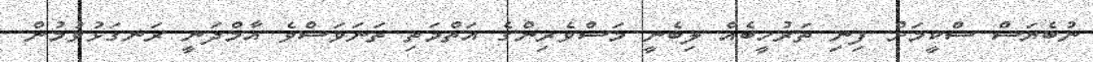
ނުބެޔަސް ސްކީމަށް ފިނި ތަރުހީބެއް ލިބެނީ މަސްވެރިންގެ އަތްމަތި ތަނަވަސްވެ އާމްދަނީ ރަނގަޅުވުމުން